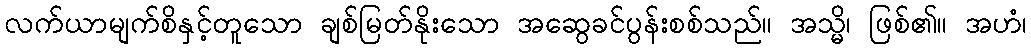
လက်ယာမျက်စိနှင့်တူသော ချစ်မြတ်နိုးသော အဆွေခင်ပွန်းစစ်သည်။ အသ္မိ၊ ဖြစ်၏။ အဟံ၊